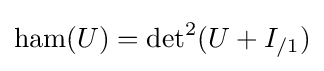
\operatorname {ham} (U)={\det }^{2}(U+I_{/1})